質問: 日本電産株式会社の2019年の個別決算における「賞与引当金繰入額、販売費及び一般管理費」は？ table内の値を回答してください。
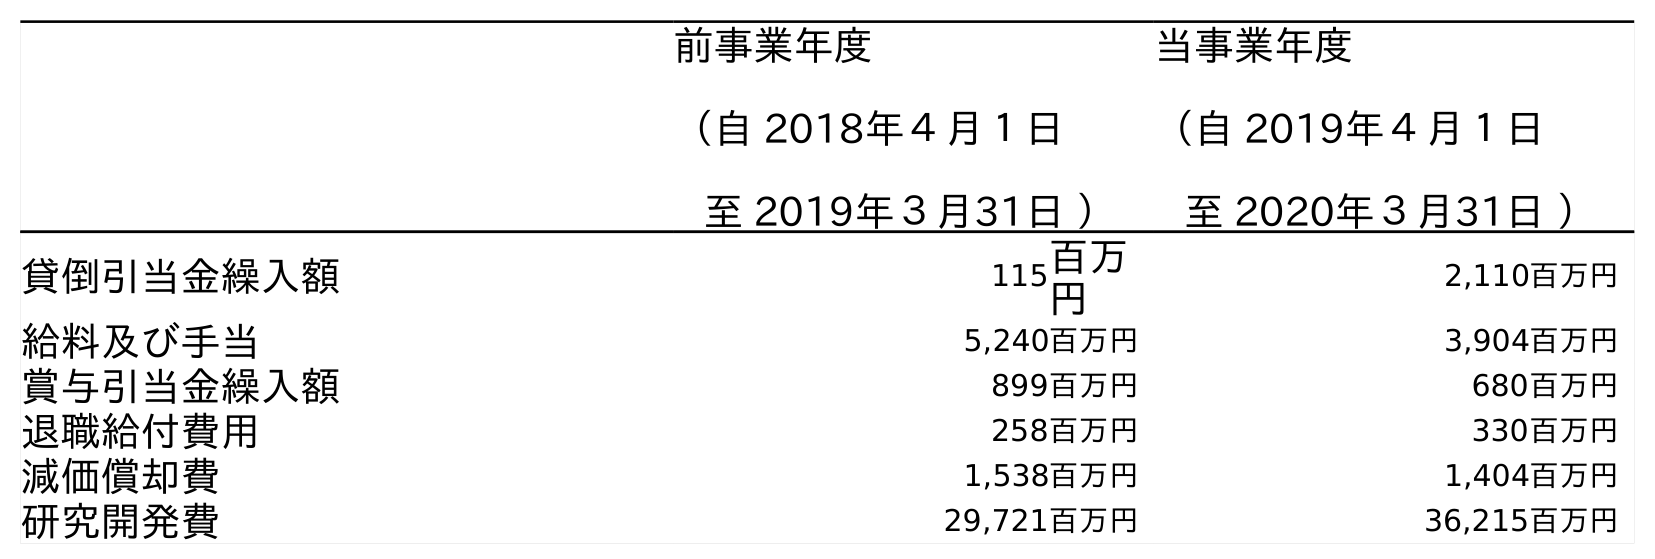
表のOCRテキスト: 前事業年度 （自 2018年４月１日 至 2019年３月31日 ） 当事業年度 （自 2019年４月１日 至 2020年３月31日 ） 貸倒引当金繰入額 115百万 円 2,110百万円 給料及び手当 5,240百万円 3,904百万円 賞与引当金繰入額 899百万円 680百万円 退職給付費用 258百万円 330百万円 減価償却費 1,538百万円 1,404百万円 研究開発費 29,721百万円 36,215百万円
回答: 899